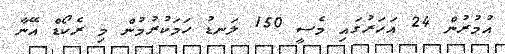
އުމުރުން 24 އަހަރުގައި މެސީ 150 ލަނޑު ހަމަކުރުމުން މި ރެކޯޑް އޭނާ